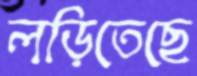
লড়িতেছে